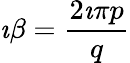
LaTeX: \imath\beta=\frac{2\imath\pi p}{q}